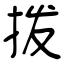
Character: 拨